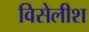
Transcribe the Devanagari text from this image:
विसेलीश